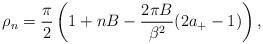
\begin{align*}\rho_n=\frac{\pi}{2}\left(1+nB -\frac{2\pi B}{\beta^2} (2a_+ -1)\right),\end{align*}